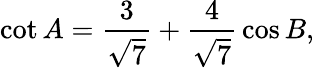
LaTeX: \cot A={\frac{3}{\sqrt{7}}}+{\frac{4}{\sqrt{7}}}\cos B,